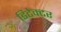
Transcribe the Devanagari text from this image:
डिटेक्‍टर